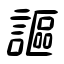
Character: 謳